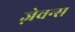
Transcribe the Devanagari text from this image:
ज़ेवन्स